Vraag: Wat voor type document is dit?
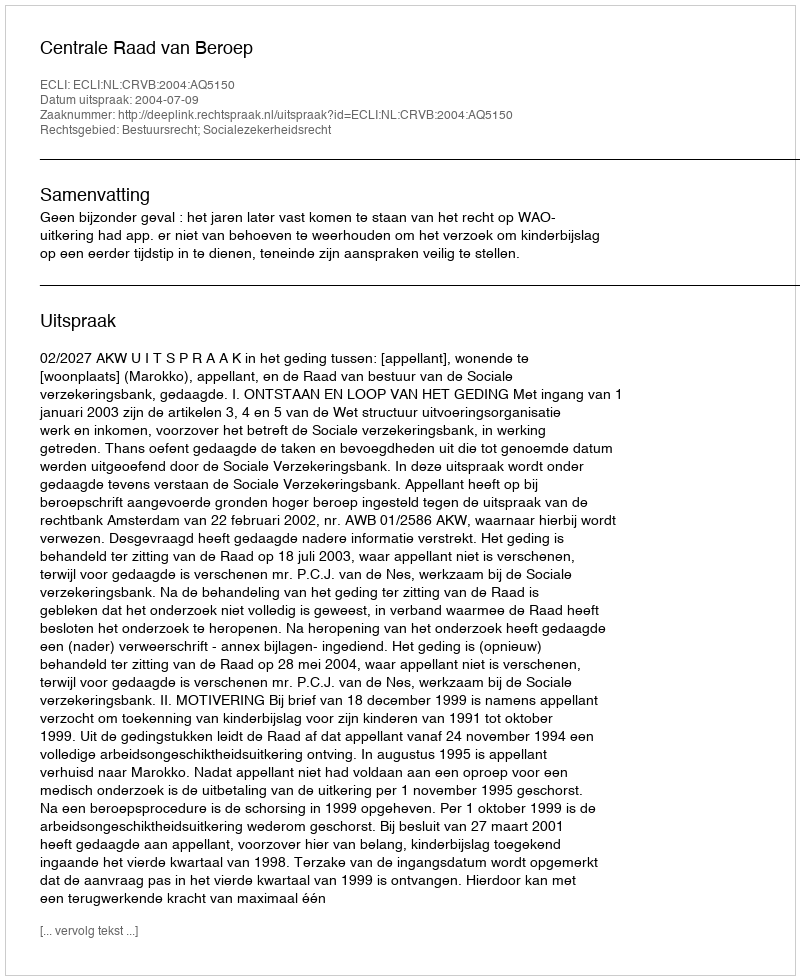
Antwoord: Uitspraak